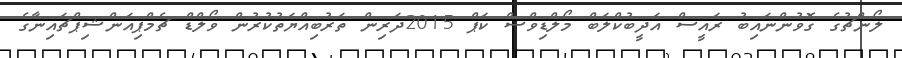
ލޯންޗުގެ ގޮވުންނައިބު ރައީސް އަދީބުކްލަބް މޯލްޑިވްސް ކަޕް 2015ދަރިން ތަރުބިއްޔަތުކުރުން ވޯލްޑް ޗެމްޕިއަންޝިޕްޗައިނާގެ